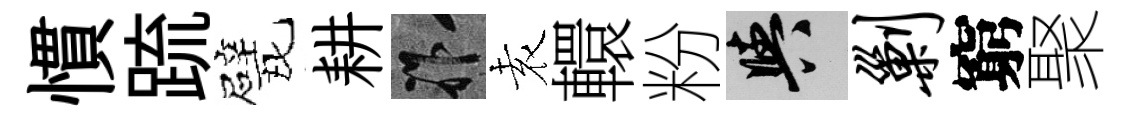
慣䟽戏耕祚𡊮轘粉阳剿窮聚